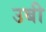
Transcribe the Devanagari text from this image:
उबी